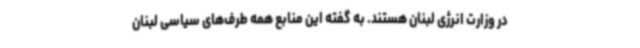
در وزارت انرژی لبنان هستند. به گفته این منابع همه طرف‌های سیاسی لبنان